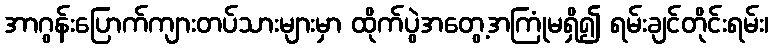
အာဂွန်းပြောက်ကျားတပ်သားများမှာ ထိုက်ပွဲအတွေ့အကြုံမရှိ၍ ရမ်းချင်တိုင်းရမ်း၊